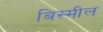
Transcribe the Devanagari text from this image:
बिस्मील